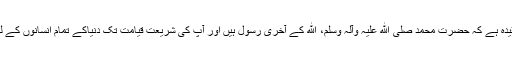
ہمارا عقیدہ ہے کہ حضرت محمد صلیٰ الله علیہ وآلہ وسلم، الله کے آخری رسول ہیں اور آپ کی شریعت قیامت تک دنیاکے تمام انسانوں کے لئے ہے۔